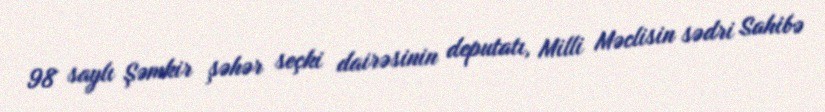
98 saylı Şəmkir şəhər seçki dairəsinin deputatı, Milli Məclisin sədri Sahibə